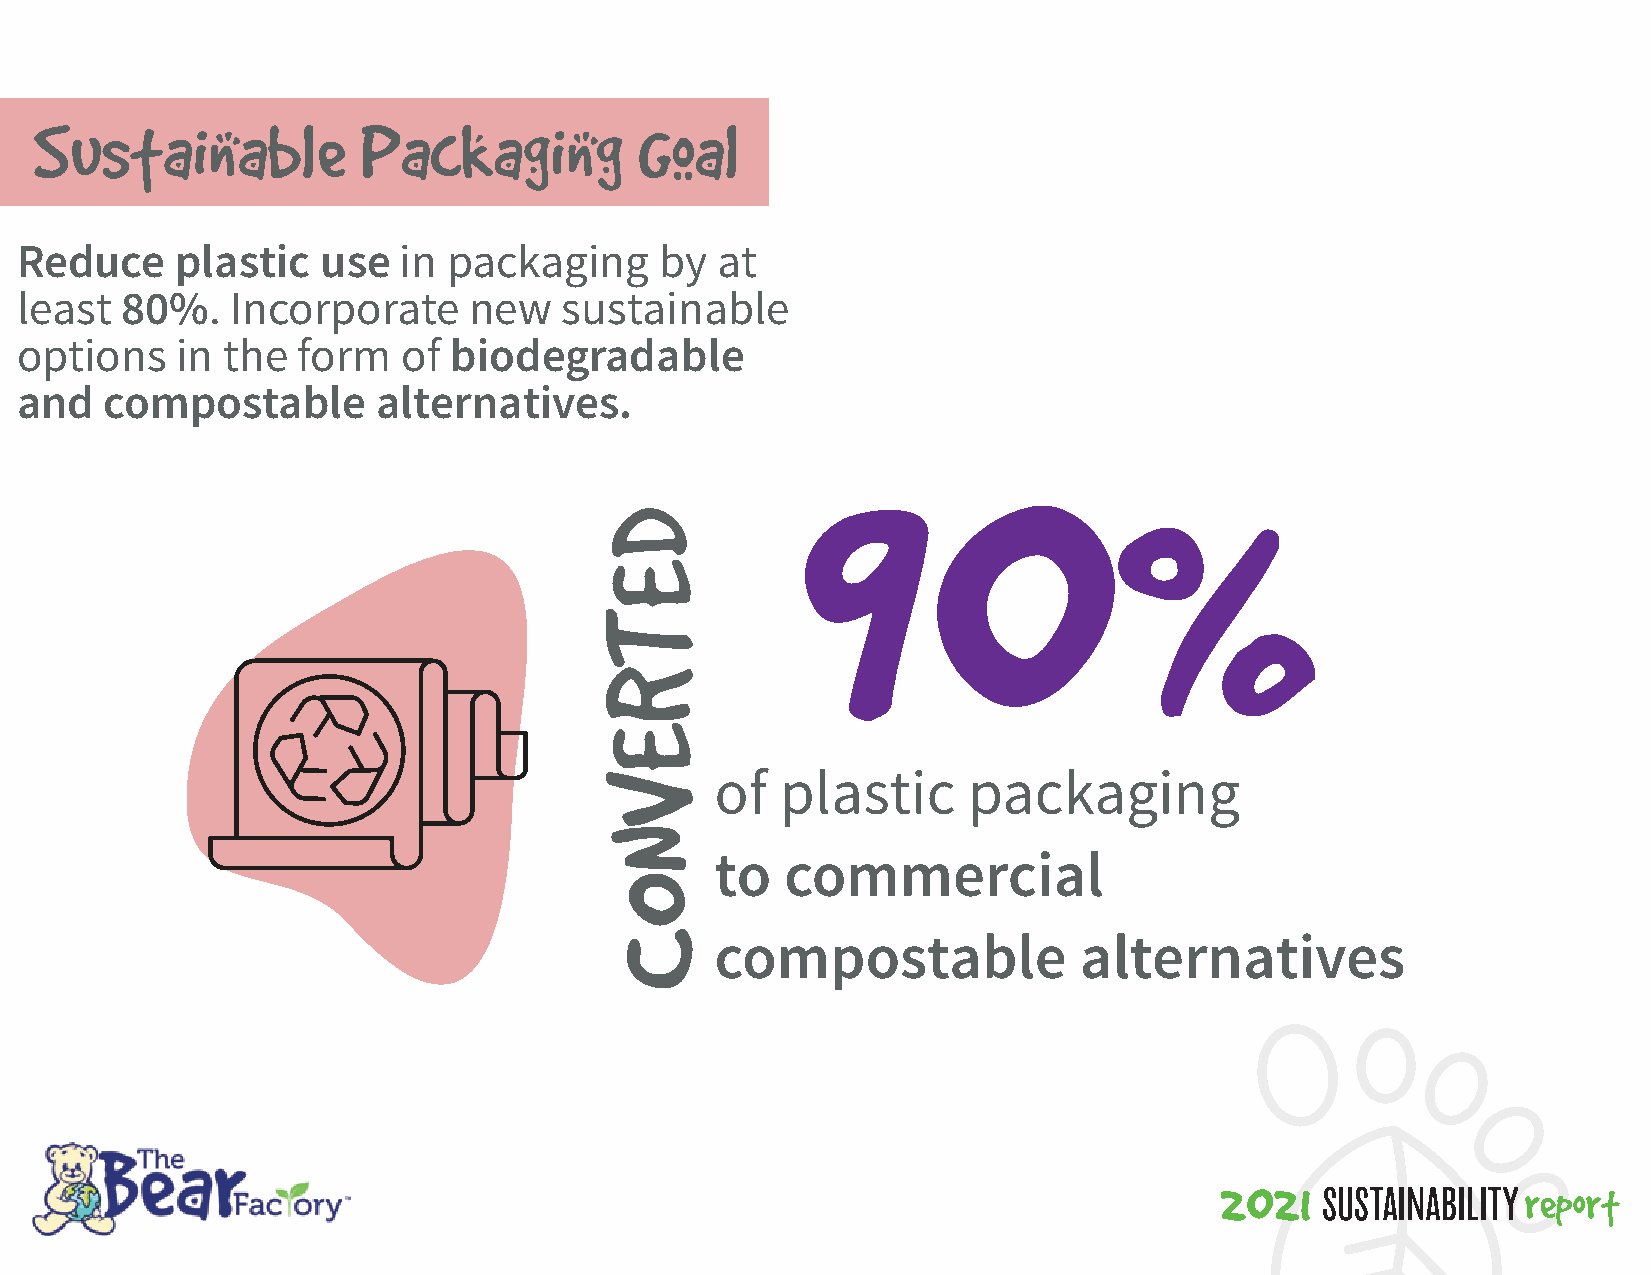
Sustainable           Packaging         Goal
 Reduce     plastic  use  in  packaging     by at
 least  80%.   Incorporate     new   sustainable
 options    in the  form   of biodegradable
 90
 and   compostable       alternatives.
 %
 of   plastic     packaging
 to   commercial
 compostable             alternatives